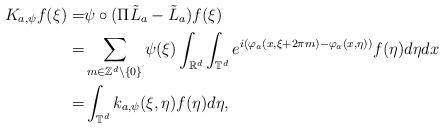
LaTeX: \begin{align*}K_{a,\psi}f(\xi)=&\psi \circ (\Pi \tilde L_a-\tilde L_a) f(\xi) \\=&\sum_{m\in\mathbb{Z}^d \backslash \{0\}} \psi(\xi) \int_{\mathbb{R}^d}\int_{\mathbb{T}^d} e^{i(\varphi_a(x,\xi+2\pi m)-\varphi_a(x,\eta))}f(\eta) d\eta dx \\=& \int_{\mathbb{T}^d} k_{a,\psi}(\xi,\eta) f(\eta) d\eta ,\end{align*}